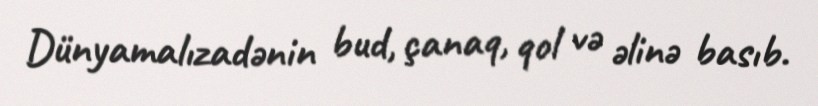
Dünyamalızadənin bud, çanaq, qol və əlinə basıb.